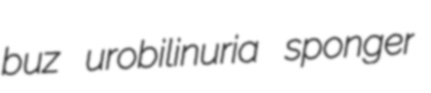
buz urobilinuria sponger